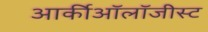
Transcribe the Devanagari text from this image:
आर्कीऑलॉजीस्ट